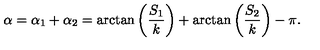
\alpha = \alpha _ { 1 } + \alpha _ { 2 } = \arctan \left( \frac { S _ { 1 } } k \right) + \arctan \left( \frac { S _ { 2 } } k \right) - \pi .